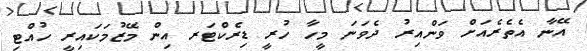
އޭނާ އެތެރެއަށް ވަންއިރު ދެވަނަ މީހާ ހުރީ ޑިރެކްޓަރ އިން މޭޒުމަކައިރީ ހުއްޓި